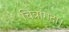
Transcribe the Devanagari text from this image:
चित्रांगदा।